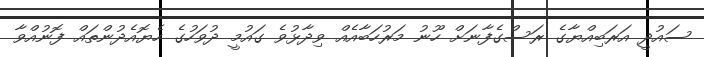
ސައުދީ އަރަބިއްޔާގެ ރަސްގެފާނަށް ހޫނު މަރުހަބާއެއް ވިދާޅުވެ ގައުމީ ދުވަހުގެ ހެޔޮއެދުންތައް ފޮނުއްވާ